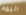
اليوم